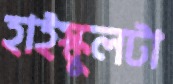
হাইস্কুলটা